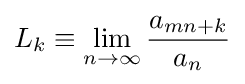
L_{k}\equiv \lim _{n\rightarrow \infty }{\frac {a_{mn+k}}{a_{n}}}